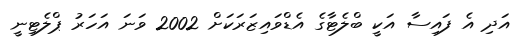
އަދި އެ ފައިސާ އަކީ ބްލެޓާގެ އެޑްވައިޒަރަކަށް 2002 ވަނަ އަހަރު ޕްލެޓިނީ